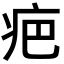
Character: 疤